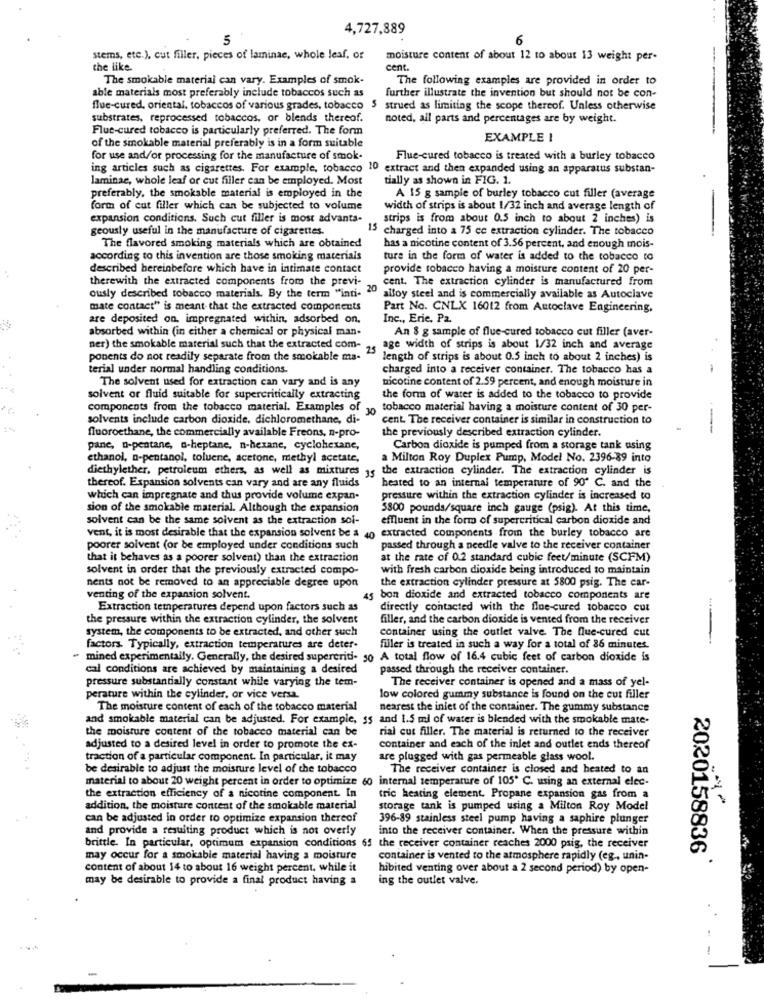
....
4,727,889
5
6
stems, etc.), cut filler, pieces of laminae, whole leaf, or
moisture content of about 12 to about 13 weight per-
-
the like.
cent.
The smokable material can vary. Examples of smok-
The following examples are provided in order to
able materials most preferably include tobaccos such as
further illustrate the invention but should not be con-
flue-cured, oriental. tobaccos of various grades, tobacco 5 strued as limiting the scope thereof. Unless otherwise
substrates, reprocessed tobaccos, or blends thereof.
noted, all parts and percentages are by weight.
Flue-cured tobacco is particularly preferred. The form
EXAMPLE 1
of the smokable material preferably is in a form suitable
for use and/or processing for the manufacture of smok-
Flue-cured tobacco is treated with a burley tobacco
ing articles such as cigarettes. For example, tobacco 10 extract and then expanded using an apparatus substan-
laminae, whole leaf or cut filler can be employed. Most
tially as shown in FIG. 1.
preferably. the smokable material is employed in the
A 15 g sample of burley tobacco cut filler (average
form of cut filler which can be subjected to volume
width of strips is about 1/32 inch and average length of
expansion conditions. Such cut filler is most advanta-
strips is from about 0.5 inch to about 2 inches) is
geously useful in the manufacture of cigarettes.
15 charged into a 75 ce extraction cylinder. The tobacco
--.
The flavored smoking materials which are obtained
has a nicotine content of 3.56 percent, and enough mois-
according to this invention are those smoking materials
ture in the form of water is added to the tobacco to
described hereinbefore which have in intimate contact
provide tobacco having a moisture content of 20 per-
therewith the extracted components from the previ-
cent. The extraction cylinder is manufactured from
ously described tobacco materials. By the term "inti- "0 alloy steel and is commercially available as Autoclave
mate contact" is meant that the extracted components
Part No. CNLX 16012 from Autoclave Engineering,
are deposited on. impregnated within, adsorbed on.
Inc ., Erie, P2.
absorbed within (in either a chemical or physical man.
An 8 g sample of flue-cured tobacco cut filler (aver-
ner) the smokable material such that the extracted com-
25
age width of strips is about 1/32 inch and average
ponents do not readily separate from the smokable ma-"
length of strips is about 0.5 inch to about 2 inches) is
terial under normal handling conditions.
charged into a receiver container. The tobacco has a
-
The solvent used for extraction can vary and is any
nicotine content of 2.59 percent, and enough moisture in
solvent or fluid suitable for supercritically extracting
the form of water is added to the tobacco to provide
components from the tobacco material. Examples of , tobacco material having a moisture content of 30 per-
solvents include carbon dioxide, dichloromethane, di-
cent. The receiver container is similar in construction to
the previously described extraction cylinder.
--
fluoroethane, the commercially available Freons, n-pro-
pane, n-pestane, - heptane, n-hexane, cyclohexane,
Carbon dioxide is pumped from a storage tank using
ethanol, n-pentanol, toluene, acetone, methyl acetate,
a Milton Roy Duplex Pump, Model No. 2396-89 into
diethylether, petroleum ethers, as well as mixtures 15 the extraction cylinder. The extraction cylinder is
heated to an internal temperature of 90' C. and the
thereof. Expansion solvents can vary and are any fluids
which can impregnate and thus provide volume expan-
pressure within the extraction cylinder is increased to
sion of the smokable material. Although the expansion
5800 pounds/square inch gauge (psig). At this time,
solvent can be the same soivent as the extraction soi-
effluent in the form of supercritical carbon dioxide and
vent, it is most desirable that the expansion solvent be a 40 extracted components from the burley tobacco are
poorer solvent (or be employed under conditions such
passed through a needle valve to the receiver container
that it behaves as a poorer solvent) than the extraction
at the rate of 0.2 standard cubic feet/minute (SCFM)
solvent in order that the previously extracted compo-
with fresh carbon dioxide being introduced to maintain
the extraction cylinder pressure at 5800 psig. The car-
nents not be removed to an appreciable degree upon
venting of the expansion solvent.
45 bon dioxide and extracted tobacco components are
Extraction temperatures depend upon factors such as
directly contacted with the flue-cured tobacco cut
the pressure within the extraction cylinder, the solvent
filler, and the carbon dioxide is vented from the receiver
system, the components to be extracted, and other such
container using the outlet valve. The flue-cured cut
factors. Typically, extraction temperatures are deter-
filler is treated in such a way for a total of 86 minutes.
mined experimentally. Generally, the desired supercriti- 50 A total flow of 16.4 cubic feet of carbon dioxide is
cal conditions are achieved by maintaining a desired
passed through the receiver container.
pressure substantially constant while varying the tem-
The receiver container is opened and a mass of yel-
perature within the cylinder, or vice versa.
low colored gummy substance is found on the cut filler
The moisture content of each of the tobacco material
nearest the inlet of the container. The gummy substance
and smokable material can be adjusted. For example, $5 and 1.5 ml of water is blended with the smokable mate-
the moisture content of the tobacco material can be
rial cut filler. The material is returned to the receiver
adjusted to a desired level in order to promote the ex-
container and each of the inlet and outlet ends thereof
traction of a particular component. In particular, it may
are plugged with gas permeable glass wool.
be desirable to adjust the moisture level of the tobacco
The receiver container is closed and heated to an
material to about 20 weight percent in order to optimize 60 internal temperature of 105' C. using an external elec-
the extraction efficiency of a nicotine component. In
tric heating element, Propane expansion gas from a
addition, the moisture content of the smokable material
storage tank is pumped using a Milton Roy Model
can be adjusted in order to optimize expansion thereof
396-89 stainless steel pump having a saphire plunger
and provide a resulting product which is not overly
into the receiver container. When the pressure within
brittle. In particular, optimum expansion conditions 65 the receiver container reaches 2000 psig, the receiver
may occur for a smokable material having a moisture
container is vented to the atmosphere rapidly (eg, unin-
2020158836
content of about 14 to about 16 weight percent, while it
hibited venting over about a 2 second period) by open-
may be desirable to provide a final product having a
ing the outlet valve.
-